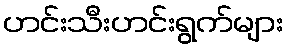
ဟင်းသီးဟင်းရွက်များ